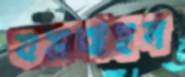
যমবাহন